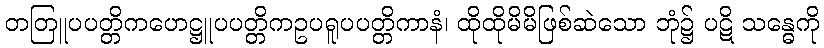
တတြူပပတ္တိကဟေဋ္ဌူပပတ္တိကဥပရူပပတ္တိကာနံ၊ ထိုထိုမိမိဖြစ်ဆဲသော ဘုံ၌ ပဋိ သန္ဓေကို